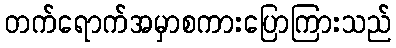
တက်ရောက်အမှာစကားပြောကြားသည်